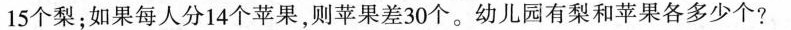
15个梨；如果每人分14个苹果，则苹果差30个。幼儿园有梨和苹果各多少个?